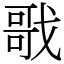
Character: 戨